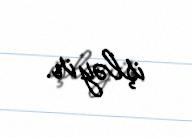
işləyir.